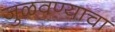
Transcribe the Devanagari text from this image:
जुळवण्याचा